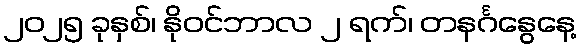
၂၀၂၅ ခုနှစ်၊ နိုဝင်ဘာလ ၂ ရက်၊ တနင်္ဂနွေနေ့